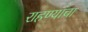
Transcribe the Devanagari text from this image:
राहण्यांचा